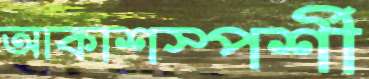
আকাশস্পর্শী